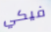
فيكي